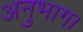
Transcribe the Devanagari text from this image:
अनुभाग।